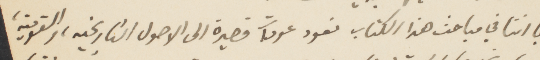
وبما اننا في مباحث هذا الكتاب نعود عودات قصيرة الى الأصول التاريخية، والقومية،